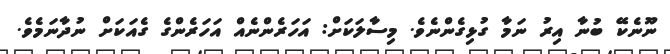
ނޫނެކޭ ބުނާ އިރު ނަމާ ގުޅިގެންނެވެ. މިސާލަކަށް: އަހަރެންނެއް އަހަރެންގެ ގެއަކަށް ނުދާނަމެވެ.